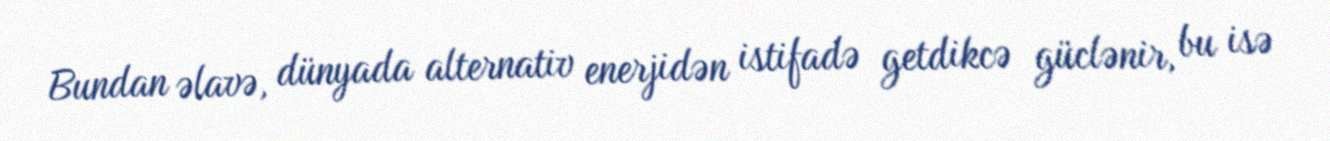
Bundan əlavə, dünyada alternativ enerjidən istifadə getdikcə güclənir, bu isə